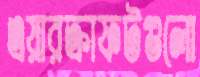
এয়ারক্রাফটগুলো